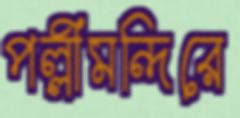
পল্লীমন্দিরে